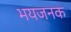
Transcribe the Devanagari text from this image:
भयजनक